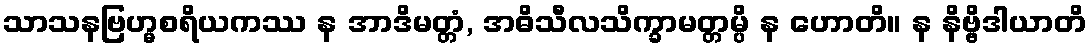
သာသနဗြဟ္မစရိယကဿ န အာဒိမတ္တံ, အဓိသီလသိက္ခာမတ္တမ္ပိ န ဟောတိ။ န နိဗ္ဗိဒါယာတိ